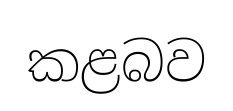
කළබව